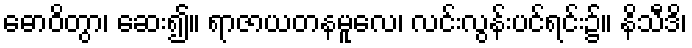
ဓောဝိတွာ၊ ဆေး၍။ ရာဇာယတနမူလေ၊ လင်းလွန်းပင်ရင်း၌။ နိသီဒိ၊